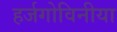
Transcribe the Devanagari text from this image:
हर्जगोविनीया